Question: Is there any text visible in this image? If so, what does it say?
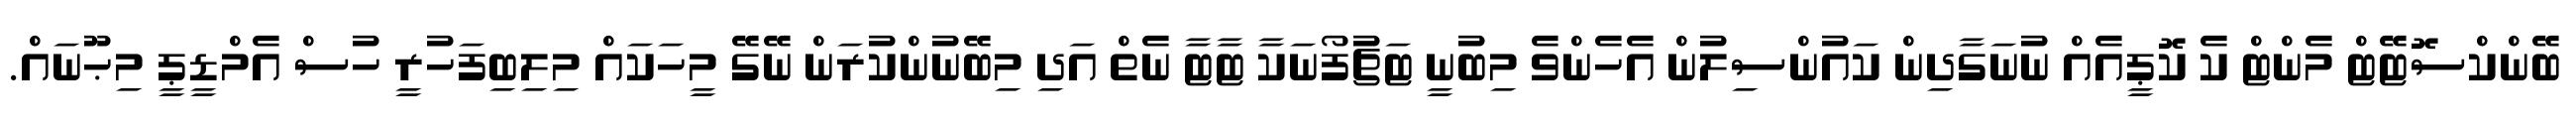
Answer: ބޭންކްސޮޓޭޓް މެންޓް ކެ ކޮޕީއެއް ނުނަގާދިން ކައުންސިލުން އެހެންވެ މިބުނީ ޓަޗުފޯނަކާ ޓާޓާ ނެތް އަދި މިބޭނުންކުރަން ނޭގޭ މީހަކައް މިލިބިފަހުރީ ހުސް އެމްޑީޕީ މިޙޫނައް.